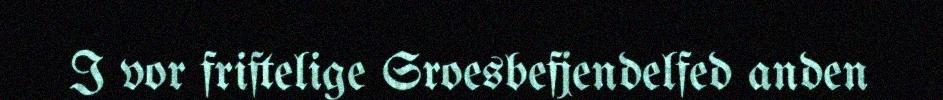
I vor friftelige Sroesbefjendelfed anden